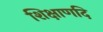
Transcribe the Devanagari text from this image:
शिक्षाणदि